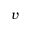
v